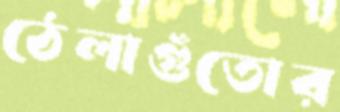
ঠেলাগুঁতোর